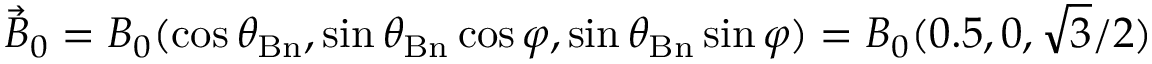
\vec { B } _ { 0 } = B _ { 0 } ( \cos \theta _ { \mathrm { B n } } , \sin \theta _ { \mathrm { B n } } \cos \varphi , \sin \theta _ { \mathrm { B n } } \sin \varphi ) = B _ { 0 } ( 0 . 5 , 0 , \sqrt { 3 } / 2 )